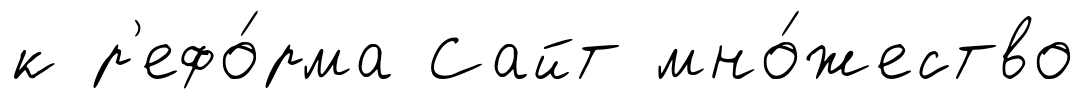
к р'ефо́рма Сайт мно́жество